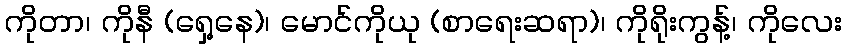
ကိုတာ၊ ကိုနီ (ရှေ့နေ)၊ မောင်ကိုယု (စာရေးဆရာ)၊ ကိုရိုးကွန့်၊ ကိုလေး